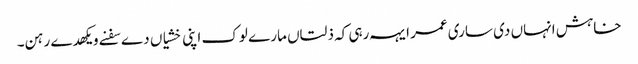
خاہش انہاں دی ساری عمر ایہہ رہی کہ ذلتاں مارے لوک اپنی خشیاں دے سفنے ویکھدے رہن۔